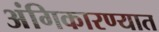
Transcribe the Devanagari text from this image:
अंगिकारण्यात